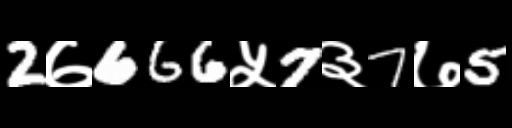
Text: 2७666५7३7७5